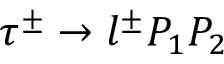
\tau ^ { \pm } \to l ^ { \pm } P _ { 1 } P _ { 2 }